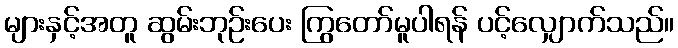
များနှင့်အတူ ဆွမ်းဘုဉ်းပေး ကြွတော်မူပါရန် ပင့်လျှောက်သည်။